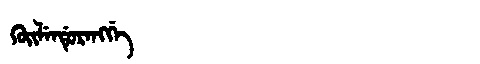
Manchu: ᡤᡠᡳᠯᡝᠨᡩᡠᡵᡝᠩᡤᡝ
Romanization: GUILENDURENGGE